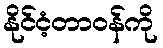
နိုင်ငံ့တာဝန်ကို